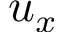
u _ { x }